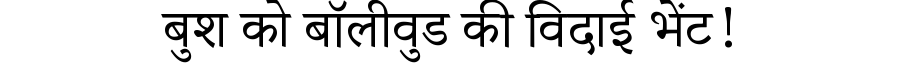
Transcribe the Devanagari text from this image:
बुश को बॉलीवुड की विदाई भेंट!